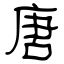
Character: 唐